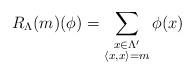
LaTeX: \begin{align*}R_\Lambda(m)(\phi) = \sum_{ \substack{ x\in \Lambda' \\ \langle x,x\rangle =m }} \phi(x)\end{align*}